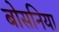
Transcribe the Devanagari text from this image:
बोसनिया